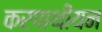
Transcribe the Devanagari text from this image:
करपाथीयन